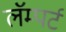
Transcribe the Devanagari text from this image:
लॅम्पर्ट